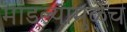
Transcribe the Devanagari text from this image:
मांडल्यामुळेच